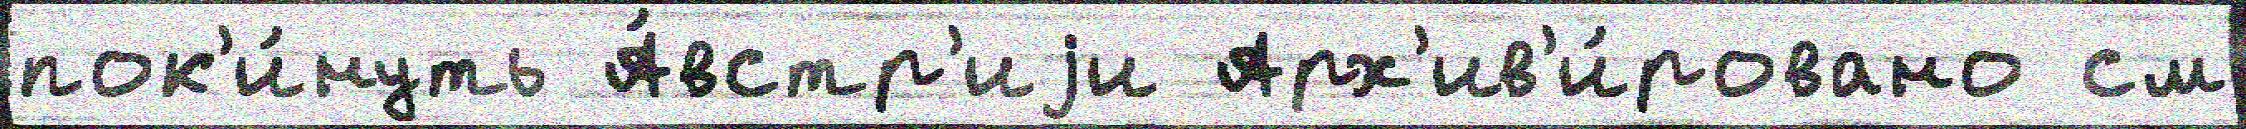
пок'и́нуть А́встр'иjи Арх'ив'и́ровано см